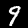
Label: 9